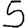
Digit: 5